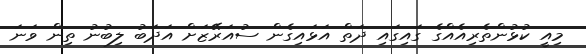
މިއީ ކުޅުންތެރިއެއްގެ ގައިގައި ދަތް އަޅައިގެން ސުއަރޭޒަށް އަދަބު ލިބުނު ތިން ވަނަ